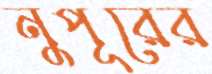
নুপূরের